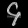
Digit: ၄